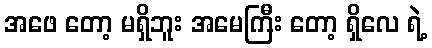
အဖေ တော့ မရှိဘူး အမေကြီး တော့ ရှိလေ ရဲ့